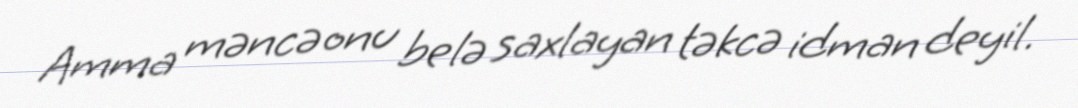
Amma məncə onu belə saxlayan təkcə idman deyil.